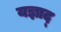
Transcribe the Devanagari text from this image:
यज्ञाद्‌